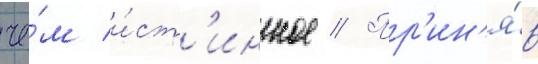
че́м и́ст'инное // Пр'ин'я́в